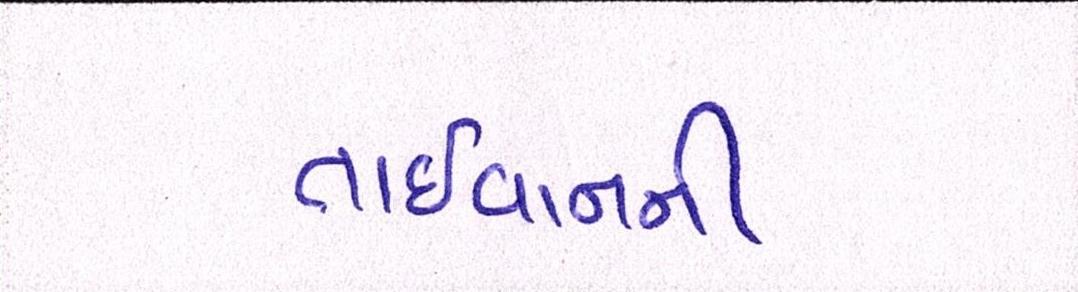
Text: તાઈવાનની